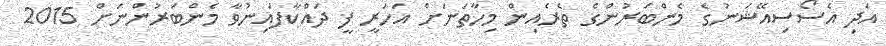
އަދި އެސޯސިއޭޝަނުގެ މެންބަރުންގެ ތެރެއިން މިހާތަނަށް އަހަރީ ފީ ދައްކާފައިނުވާ މެންބަރުންނަށް 2015